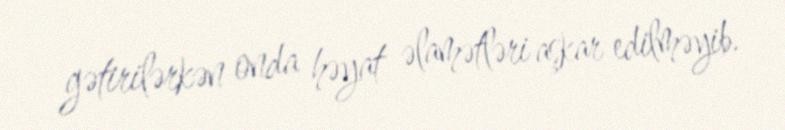
gətirilərkən onda həyat əlamətləri aşkar edilməyib.